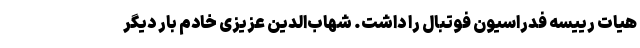
هیات رییسه فدراسیون فوتبال را داشت. شهاب‌الدین عزیزی خادم بار دیگر